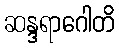
ဆန္ဒရာဂေါတိ